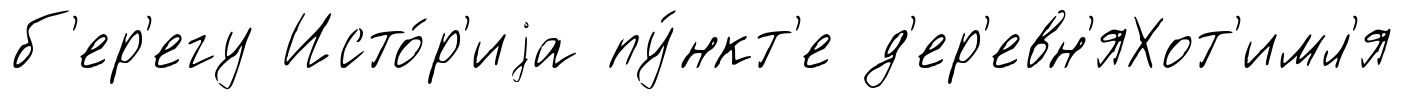
б'ер'егу Исто́р'иjа пу́нкт'е д'ер'евн'яХот'имл'я